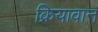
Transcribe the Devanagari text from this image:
क्रियावान